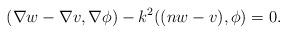
LaTeX: \begin{align*}( \nabla w - \nabla v, \nabla \phi ) - k^2 ((nw-v), \phi ) = 0.\end{align*}